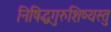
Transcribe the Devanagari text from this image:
निषिद्धगुरुशिष्यस्तु